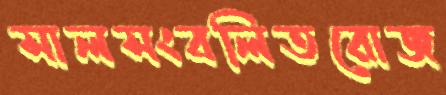
সালসংবলিতরোজ